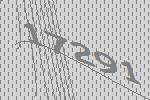
17291